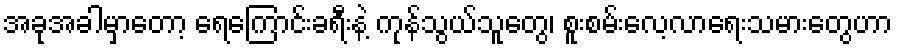
အခုအခါမှာတော့ ရေကြောင်းခရီးနဲ့ ကုန်သွယ်သူတွေ၊ စူးစမ်းလေ့လာရေးသမားတွေဟာ